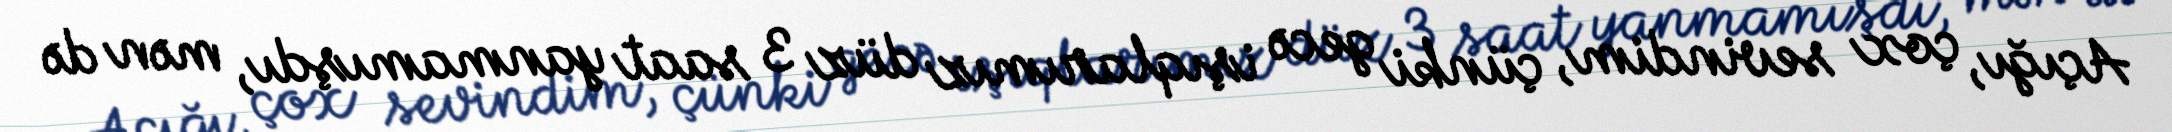
Açığı, çox sevindim, çünki gecə işıqlarımız düz 3 saat yanmamışdı, mən də